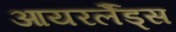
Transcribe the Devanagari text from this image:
आयरर्लैंड्स